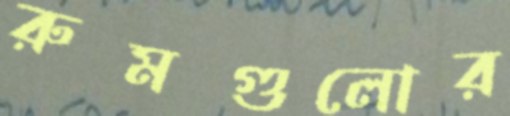
রুমগুলোর